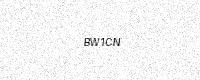
Text: BW1CN